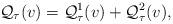
LaTeX: \begin{align*} \mathcal{Q}_\tau (v)=\mathcal{Q}_\tau^1 (v)+ \mathcal{Q}_\tau^2 (v), \end{align*}